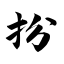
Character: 扮